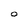
Character: O